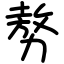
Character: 𠢕